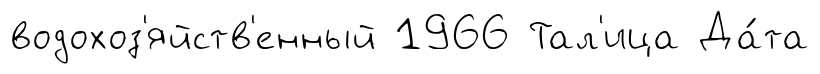
водохоз'яйств'енный 1966 Тал'ица Да́та